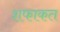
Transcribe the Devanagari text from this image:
शफाकत